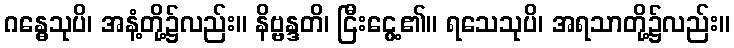
ဂန္ဓေသုပိ၊ အနံ့တို့၌လည်း။ နိဗ္ဗန္ဒတိ၊ ငြီးငွေ့၏။ ရသေသုပိ၊ အရသာတို့၌လည်း။